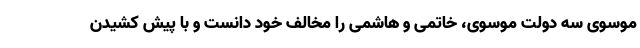
موسوی سه دولت موسوی، خاتمی و هاشمی را مخالف خود دانست و با پیش کشیدن